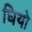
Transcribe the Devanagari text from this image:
घियो